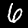
Digit: 6